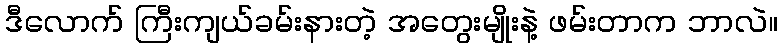
ဒီလောက် ကြီးကျယ်ခမ်းနားတဲ့ အတွေးမျိုးနဲ့ ဖမ်းတာက ဘာလဲ။